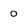
Character: 0